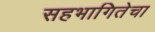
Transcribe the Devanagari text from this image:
सहभागितेचा